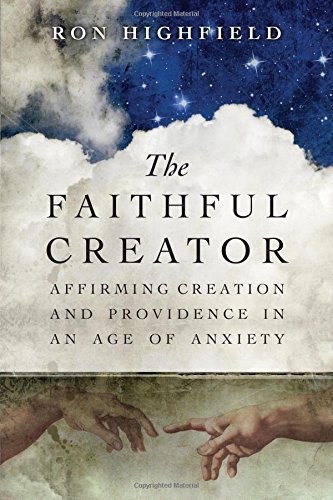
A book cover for The Faithful Creator: Affirming Creation and Providence in an Age of Anxiety; Ron Highfield; Science & Math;